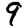
Digit: 9